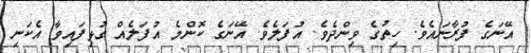
އޭނަގެ ފުރާނައެވެ. ހިތުގެ ވިންދެވެ. އުފަލެވެ. އޭނަގެ ކޮންމެ އުފަލެއް ގުޅިފައިވާ އެކަނި